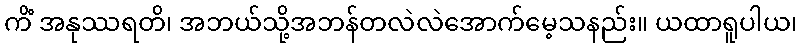
ကိံ အနုဿရတိ၊ အဘယ်သို့အဘန်တလဲလဲအောက်မေ့သနည်း။ ယထာရူပါယ၊